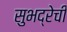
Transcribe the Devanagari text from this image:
सुभद्रेची